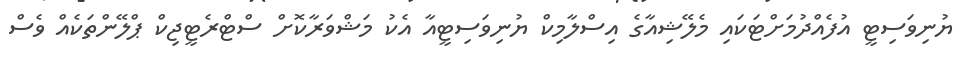
ޔުނިވަސިޓީ އުފެއްދުމަށްޓަކައި މެލޭޝިއާގެ އިސްލާމިކް ޔުނިވަސިޓީއާ އެކު މަޝްވަރާކޮށް ސްޓްރެޓީޖިކް ޕްލޭންތަކެއް ވެސް